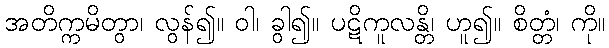
အတိက္ကမိတွာ၊ လွန်၍။ ဝါ၊ ခွါ၍။ ပဋိကူလန္တိ၊ ဟူ၍။ စိတ္တံ၊ ကို။